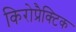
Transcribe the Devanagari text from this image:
किरोप्रैक्टिक